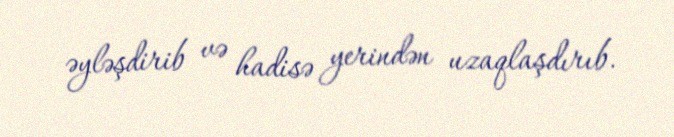
əyləşdirib və hadisə yerindən uzaqlaşdırıb.